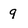
Character: 9